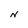
Character: N